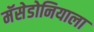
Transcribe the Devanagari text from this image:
मॅसेडोनियाला